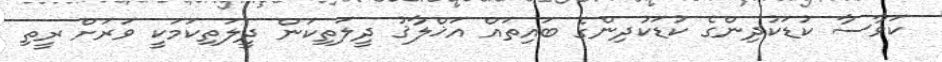
ކަވާސާ ކުޑަކުދިންގެ ކުޑަކުދިންގެ ބައިތައް އަޚްލާޤު ދީލަތިކަން ދީލަތިކަމަކީ ވަރަށް ރީތި